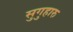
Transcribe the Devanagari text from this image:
सुगुहारु